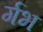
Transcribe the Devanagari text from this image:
र्गभ